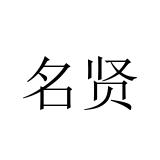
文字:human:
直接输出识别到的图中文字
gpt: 名贤